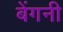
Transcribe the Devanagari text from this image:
बेंगनी